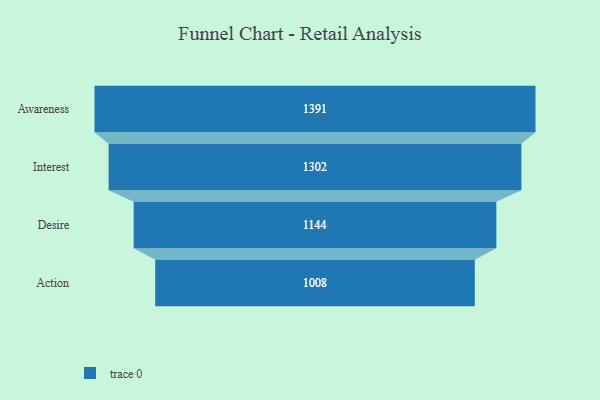
{"axis": {"x": "Stage", "y": "Value"}, "legend": [""], "data": [{"x": "Awareness", "y": 1391.0, "type": ""}, {"x": "Interest", "y": 1302.0, "type": ""}, {"x": "Desire", "y": 1144.0, "type": ""}, {"x": "Action", "y": 1008.0, "type": ""}]}